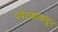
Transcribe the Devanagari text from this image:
पर्यटकांकडून